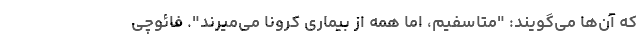
که آن‌ها می‌گویند: "متاسفیم، اما همه از بیماری کرونا می‌میرند". فائوچی